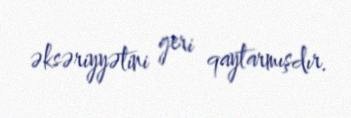
əksəriyyətini geri qaytarmışdır.